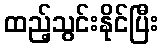
ထည့်သွင်းနိုင်ပြီး